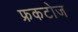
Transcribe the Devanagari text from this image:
फ्रकटोज